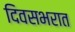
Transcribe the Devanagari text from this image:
दिवसभरात